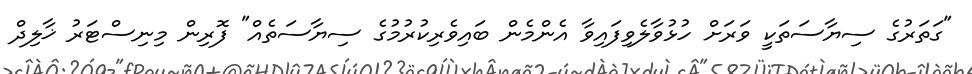
"ގަތަރުގެ ސިޔާސަތަކީ ވަރަށް ހުޅުވާލެވިފައިވާ އެންމެން ބައިވެރިކުރުމުގެ ސިޔާސަތެއް" ފޮރިން މިނިސްޓަރު ޚާލިދް